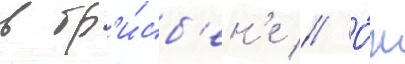
в бр'и́сб'ен'е // О́н